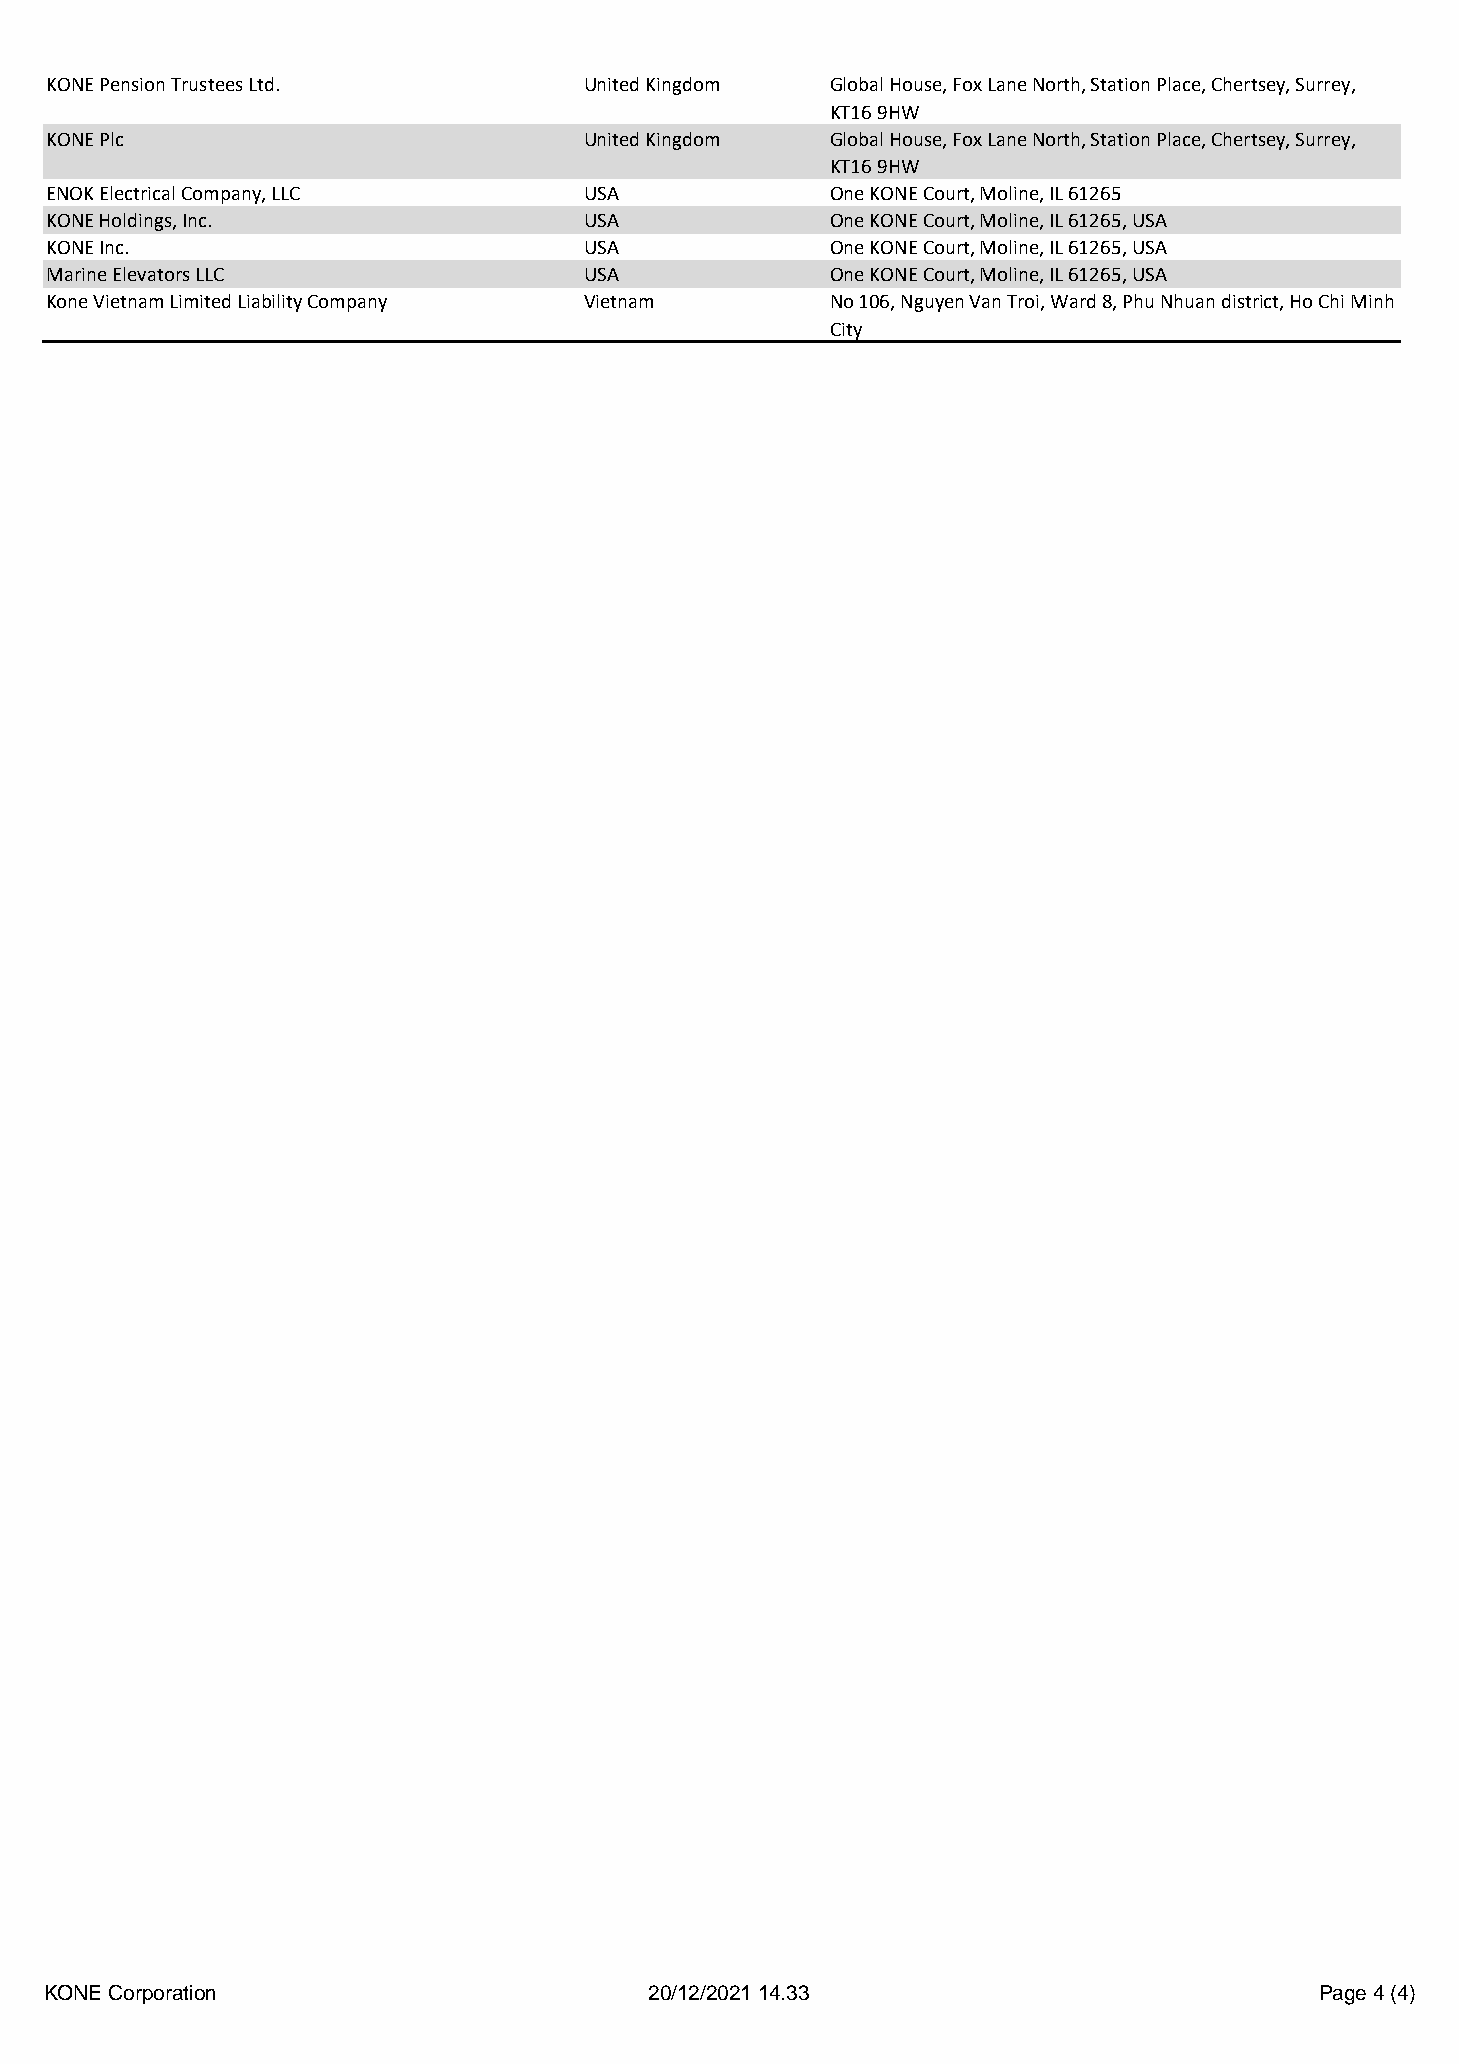
KONE Pension Trustees Ltd.          United Kingdom  Global House, Fox Lane North, Station Place, Chertsey, Surrey,
 KT16 9HW
 KONE Plc                            United Kingdom  Global House, Fox Lane North, Station Place, Chertsey, Surrey,
 KT16 9HW
 ENOK Electrical Company, LLC        USA             One KONE Court, Moline, IL 61265
 KONE Holdings, Inc.                 USA             One KONE Court, Moline, IL 61265, USA
 KONE Inc.                           USA             One KONE Court, Moline, IL 61265, USA
 Marine Elevators LLC                USA             One KONE Court, Moline, IL 61265, USA
 Kone Vietnam Limited Liability Company Vietnam      No 106, Nguyen Van Troi, Ward 8, Phu Nhuan district, Ho Chi Minh
 City
 KONE Corporation                        20/12/2021 14.33                            Page 4 (4)